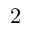
2